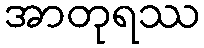
အာတုရဿ